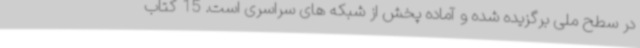
در سطح ملی برگزیده شده و آماده پخش از شبکه های سراسری است. 15 کتاب